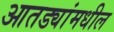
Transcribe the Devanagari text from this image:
आतड्यांमधील